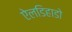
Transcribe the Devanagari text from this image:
ऐलडिहाडो